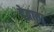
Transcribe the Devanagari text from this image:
देताता